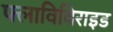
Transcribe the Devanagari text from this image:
फ्लाविविराइड